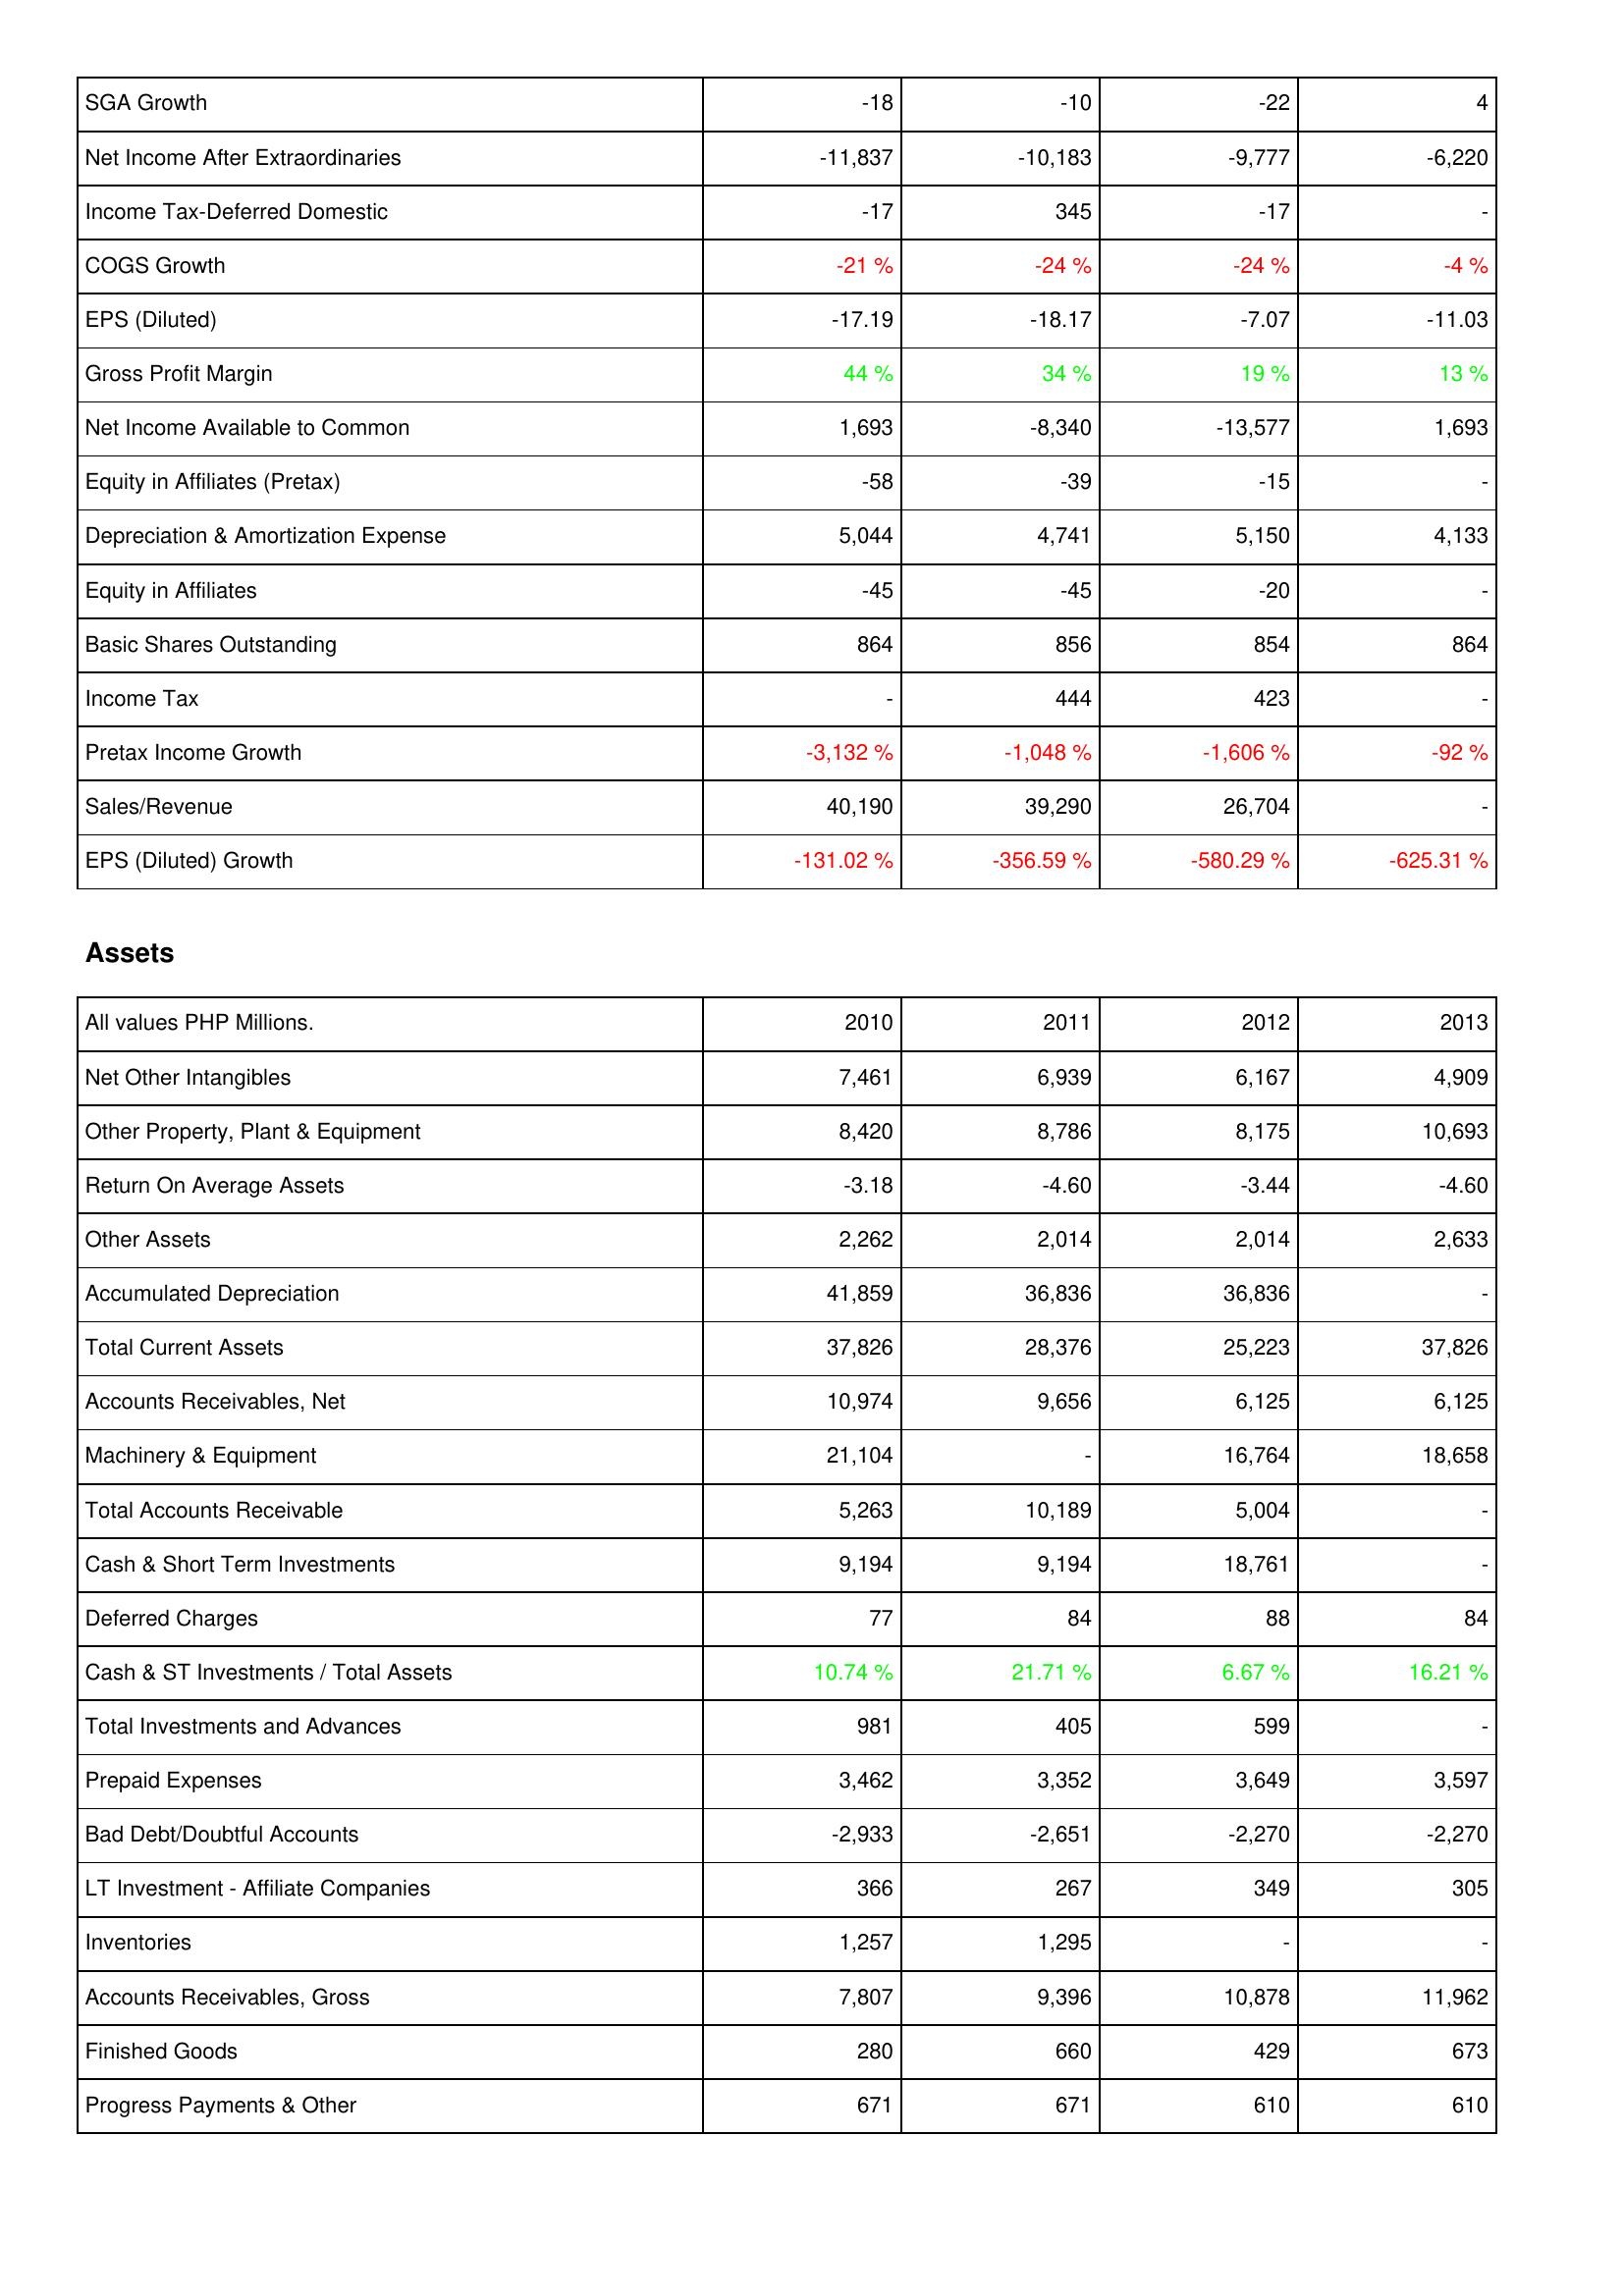
2010: Income Statement: SGA Growth: -18
Net Income After Extraordinaries: -11,837
Income Tax-Deferred Domestic: -17
COGS Growth: -21 %
EPS (Diluted): -17.19
Gross Profit Margin: 44 %
Net Income Available to Common: 1,693
Equity in Affiliates (Pretax): -58
Depreciation & Amortization Expense: 5,044
Equity in Affiliates: -45
Basic Shares Outstanding: 864
Income Tax: -
Pretax Income Growth: -3,132 %
Sales/Revenue: 40,190
EPS (Diluted) Growth: -131.02 %
Assets: Net Other Intangibles: 7,461
Other Property, Plant & Equipment: 8,420
Return On Average Assets: -3.18
Other Assets: 2,262
Accumulated Depreciation: 41,859
Total Current Assets: 37,826
Accounts Receivables, Net: 10,974
Machinery & Equipment: 21,104
Total Accounts Receivable: 5,263
Cash & Short Term Investments: 9,194
Deferred Charges: 77
Cash & ST Investments / Total Assets: 10.74 %
Total Investments and Advances: 981
Prepaid Expenses: 3,462
Bad Debt/Doubtful Accounts: -2,933
LT Investment - Affiliate Companies: 366
Inventories: 1,257
Accounts Receivables, Gross: 7,807
Finished Goods: 280
Progress Payments & Other: 671
2011: Income Statement: SGA Growth: -10
Net Income After Extraordinaries: -10,183
Income Tax-Deferred Domestic: 345
COGS Growth: -24 %
EPS (Diluted): -18.17
Gross Profit Margin: 34 %
Net Income Available to Common: -8,340
Equity in Affiliates (Pretax): -39
Depreciation & Amortization Expense: 4,741
Equity in Affiliates: -45
Basic Shares Outstanding: 856
Income Tax: 444
Pretax Income Growth: -1,048 %
Sales/Revenue: 39,290
EPS (Diluted) Growth: -356.59 %
Assets: Net Other Intangibles: 6,939
Other Property, Plant & Equipment: 8,786
Return On Average Assets: -4.60
Other Assets: 2,014
Accumulated Depreciation: 36,836
Total Current Assets: 28,376
Accounts Receivables, Net: 9,656
Machinery & Equipment: -
Total Accounts Receivable: 10,189
Cash & Short Term Investments: 9,194
Deferred Charges: 84
Cash & ST Investments / Total Assets: 21.71 %
Total Investments and Advances: 405
Prepaid Expenses: 3,352
Bad Debt/Doubtful Accounts: -2,651
LT Investment - Affiliate Companies: 267
Inventories: 1,295
Accounts Receivables, Gross: 9,396
Finished Goods: 660
Progress Payments & Other: 671
2012: Income Statement: SGA Growth: -22
Net Income After Extraordinaries: -9,777
Income Tax-Deferred Domestic: -17
COGS Growth: -24 %
EPS (Diluted): -7.07
Gross Profit Margin: 19 %
Net Income Available to Common: -13,577
Equity in Affiliates (Pretax): -15
Depreciation & Amortization Expense: 5,150
Equity in Affiliates: -20
Basic Shares Outstanding: 854
Income Tax: 423
Pretax Income Growth: -1,606 %
Sales/Revenue: 26,704
EPS (Diluted) Growth: -580.29 %
Assets: Net Other Intangibles: 6,167
Other Property, Plant & Equipment: 8,175
Return On Average Assets: -3.44
Other Assets: 2,014
Accumulated Depreciation: 36,836
Total Current Assets: 25,223
Accounts Receivables, Net: 6,125
Machinery & Equipment: 16,764
Total Accounts Receivable: 5,004
Cash & Short Term Investments: 18,761
Deferred Charges: 88
Cash & ST Investments / Total Assets: 6.67 %
Total Investments and Advances: 599
Prepaid Expenses: 3,649
Bad Debt/Doubtful Accounts: -2,270
LT Investment - Affiliate Companies: 349
Inventories: -
Accounts Receivables, Gross: 10,878
Finished Goods: 429
Progress Payments & Other: 610
2013: Income Statement: SGA Growth: 4
Net Income After Extraordinaries: -6,220
Income Tax-Deferred Domestic: -
COGS Growth: -4 %
EPS (Diluted): -11.03
Gross Profit Margin: 13 %
Net Income Available to Common: 1,693
Equity in Affiliates (Pretax): -
Depreciation & Amortization Expense: 4,133
Equity in Affiliates: -
Basic Shares Outstanding: 864
Income Tax: -
Pretax Income Growth: -92 %
Sales/Revenue: -
EPS (Diluted) Growth: -625.31 %
Assets: Net Other Intangibles: 4,909
Other Property, Plant & Equipment: 10,693
Return On Average Assets: -4.60
Other Assets: 2,633
Accumulated Depreciation: -
Total Current Assets: 37,826
Accounts Receivables, Net: 6,125
Machinery & Equipment: 18,658
Total Accounts Receivable: -
Cash & Short Term Investments: -
Deferred Charges: 84
Cash & ST Investments / Total Assets: 16.21 %
Total Investments and Advances: -
Prepaid Expenses: 3,597
Bad Debt/Doubtful Accounts: -2,270
LT Investment - Affiliate Companies: 305
Inventories: -
Accounts Receivables, Gross: 11,962
Finished Goods: 673
Progress Payments & Other: 610